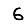
Digit: 6